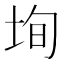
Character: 𡋕